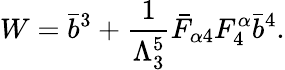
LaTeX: W=\bar{b}^{3}+\frac{1}{\Lambda_{3}^{5}}\bar{F}_{\alpha 4}F_{4}^{\alpha}\bar{b}^{4}.